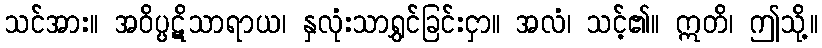
သင်အား။ အဝိပ္ပဋိသာရာယ၊ နှလုံးသာရွှင်ခြင်းငှာ။ အလံ၊ သင့်၏။ ဣတိ၊ ဤသို့။